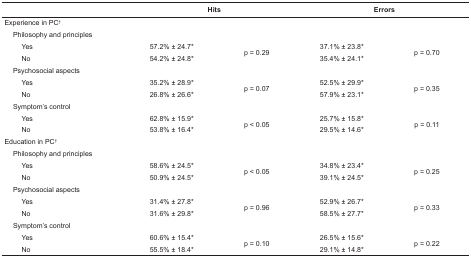
| <COLSPAN=3>  | <COLSPAN=2> Hits | <COLSPAN=2> Errors |
 | --- | --- | --- | --- | --- | --- | --- |
 | <COLSPAN=3> Experience in PC† |  |  |  |  |
 |  | <COLSPAN=2> Philosophy and principles |  |  |  |  |
 |  |  | Yes | 57.2% ± 24.7* | <ROWSPAN=2> p = 0.29 | 37.1% ± 23.8* | <ROWSPAN=2> p = 0.70 |
 |  |  | No | 54.2% ± 24.8* | 35.4% ± 24.1* |
 |  | <COLSPAN=2> Psychosocial aspects |  |  |  |  |
 |  |  | Yes | 35.2% ± 28.9* | <ROWSPAN=2> p = 0.07 | 52.5% ± 29.9* | <ROWSPAN=2> p = 0.35 |
 |  |  | No | 26.8% ± 26.6* | 57.9% ± 23.1* |
 |  | <COLSPAN=2> Symptom’s control |  |  |  |  |
 |  |  | Yes | 62.8% ± 15.9* | <ROWSPAN=2> p < 0.05 | 25.7% ± 15.8* | <ROWSPAN=2> p = 0.11 |
 |  |  | No | 53.8% ± 16.4* | 29.5% ± 14.6* |
 | <COLSPAN=3> Education in PC† |  |  |  |  |
 |  | <COLSPAN=2> Philosophy and principles |  |  |  |  |
 |  |  | Yes | 58.6% ± 24.5* | <ROWSPAN=2> p < 0.05 | 34.8% ± 23.4* | <ROWSPAN=2> p = 0.25 |
 |  |  | No | 50.9% ± 24.5* | 39.1% ± 24.5* |
 |  | <COLSPAN=2> Psychosocial aspects |  |  |  |  |
 |  |  | Yes | 31.4% ± 27.8* | <ROWSPAN=2> p = 0.96 | 52.9% ± 26.7* | <ROWSPAN=2> p = 0.33 |
 |  |  | No | 31.6% ± 29.8* | 58.5% ± 27.7* |
 |  | <COLSPAN=2> Symptom’s control |  |  |  |  |
 |  |  | Yes | 60.6% ± 15.4* | <ROWSPAN=2> p = 0.10 | 26.5% ± 15.6* | <ROWSPAN=2> p = 0.22 |
 |  |  | No | 55.5% ± 18.4* | 29.1% ± 14.8* |